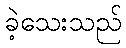
ခဲ့သေးသည်